65_HS1-834228961_62-HQ-83894_Section_9
Agency: FBI
Page 287
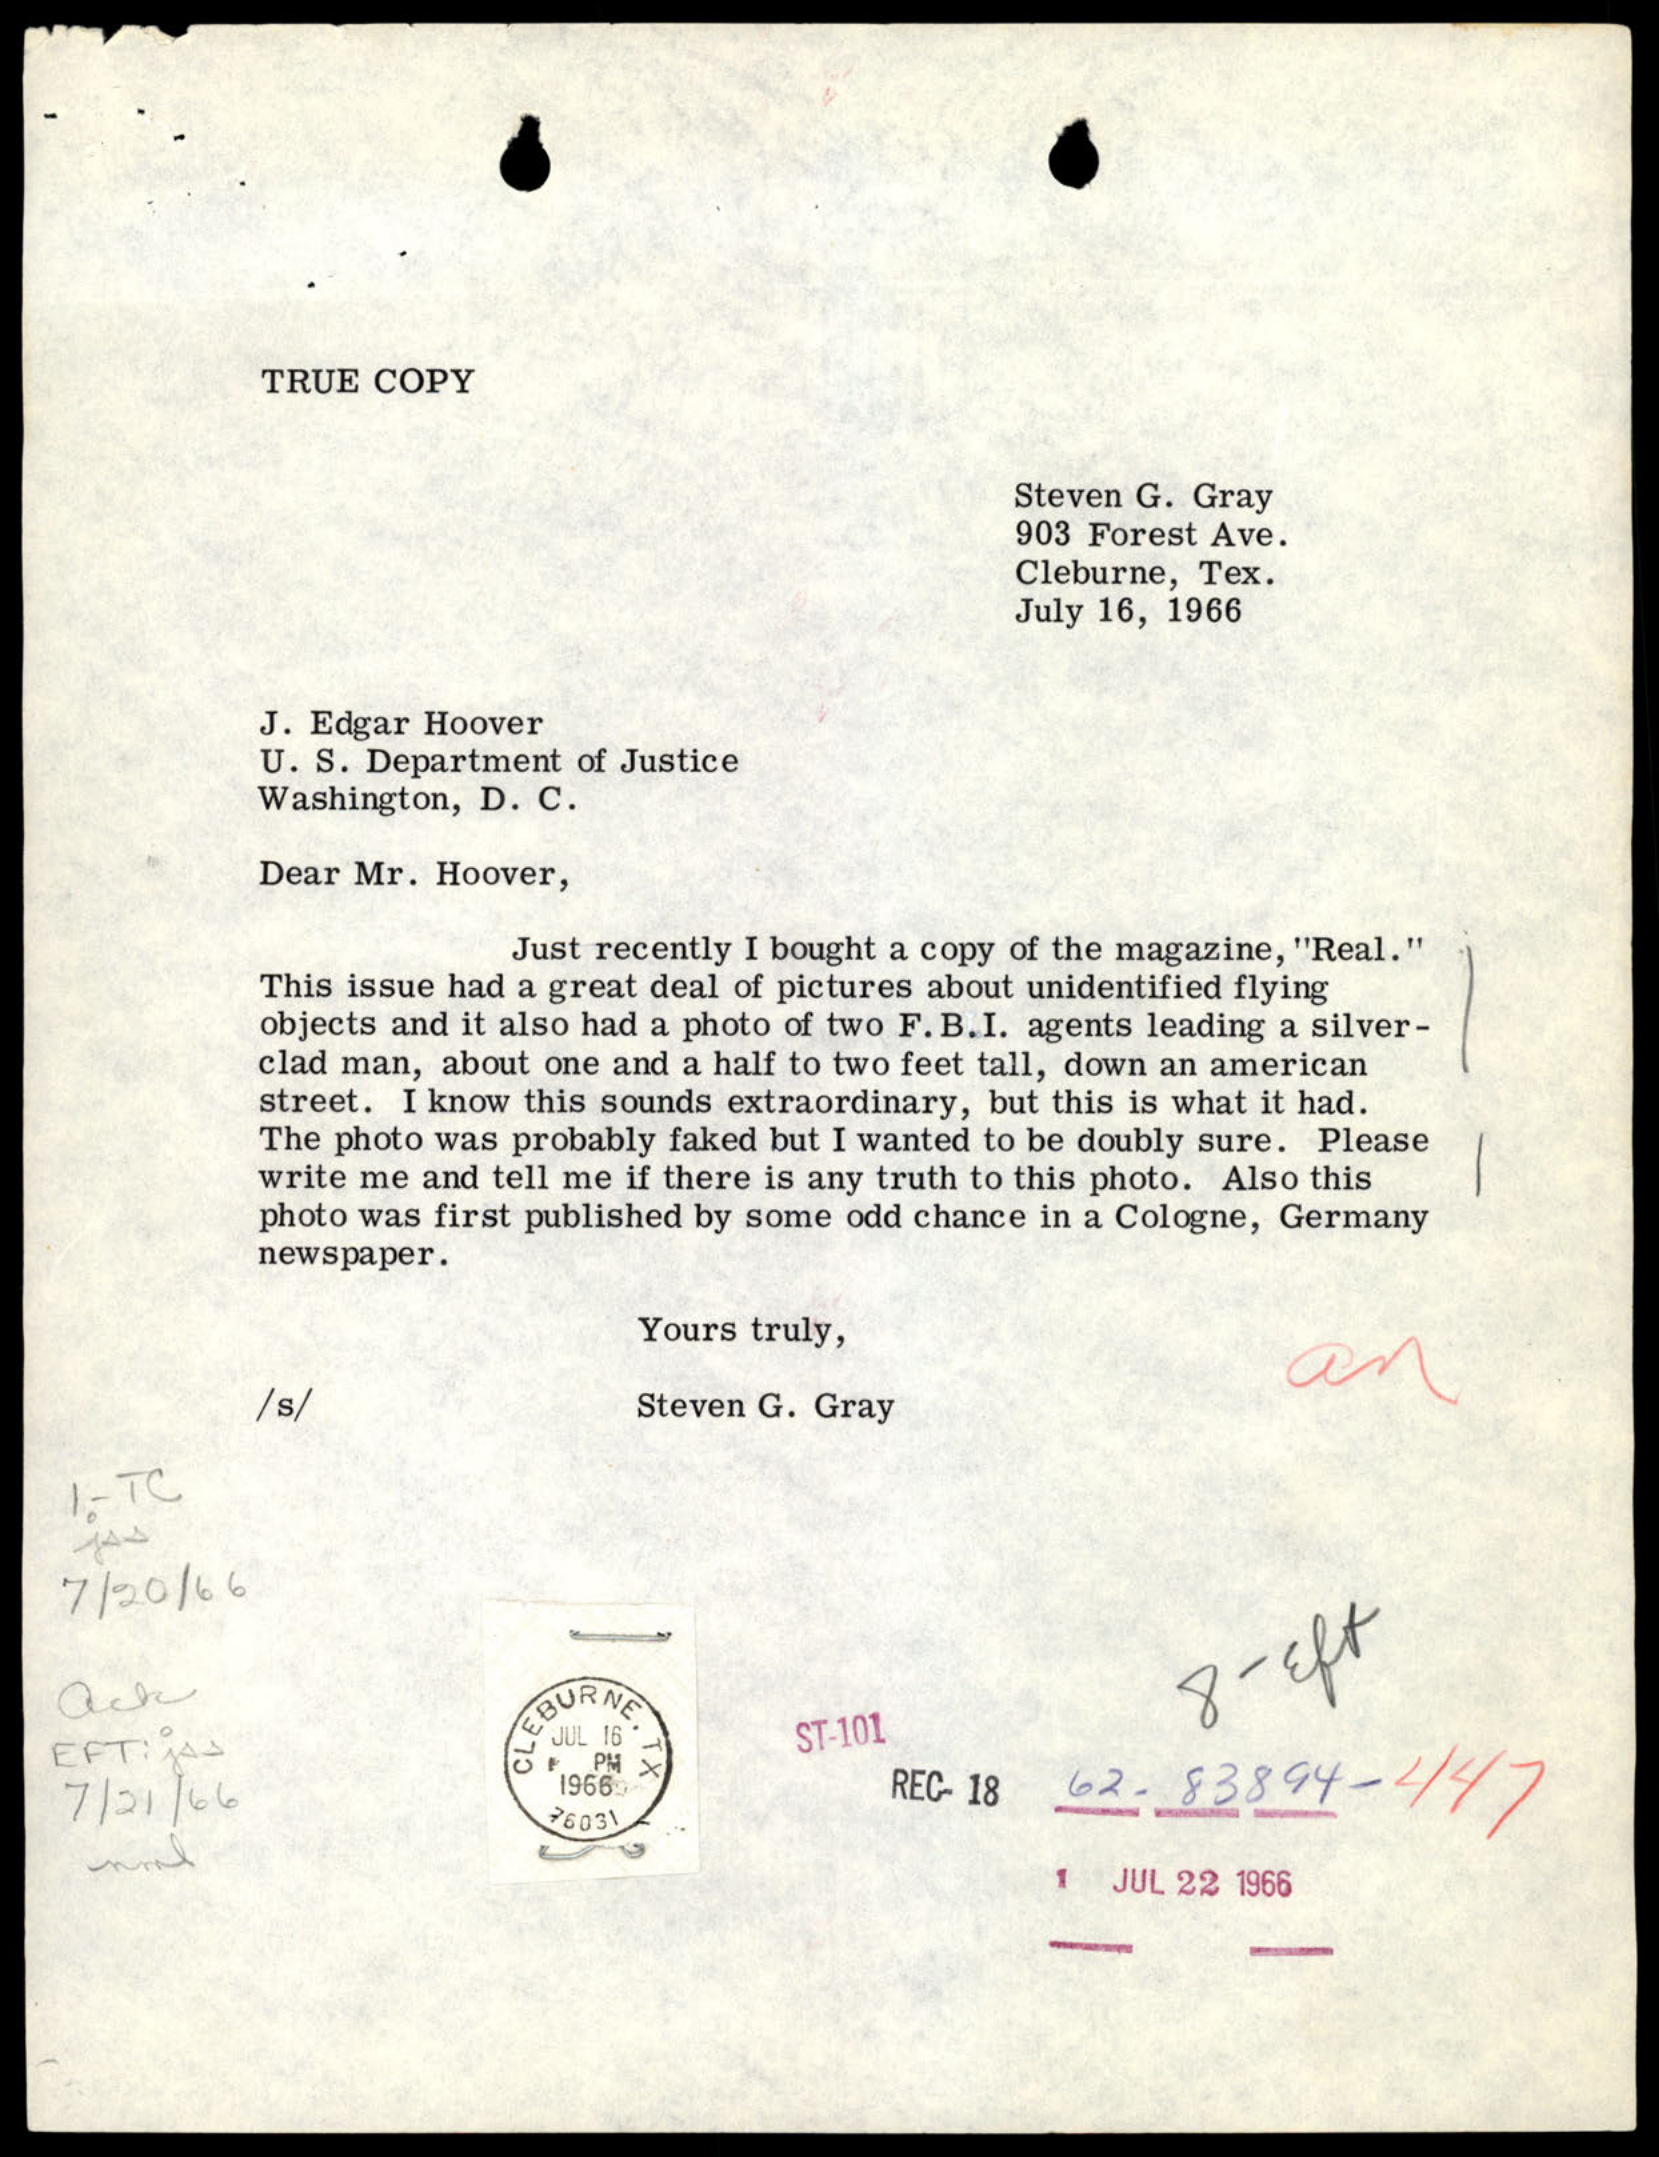